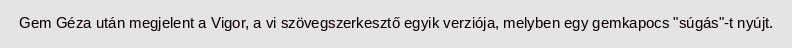
Gem Géza után megjelent a Vigor, a vi szövegszerkesztő egyik verziója, melyben egy gemkapocs "súgás"-t nyújt.